Report on vaccination in Madras 1922-1929 - 1922-1929
Year: 1922
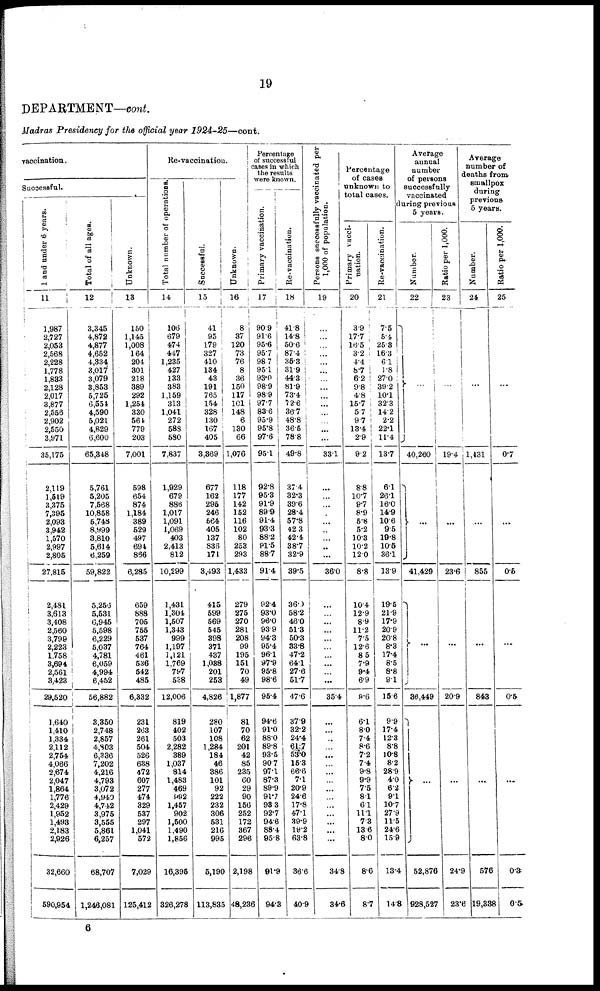
19
DEPARTMENT—cont.
Madras Presidency for the official year 1924-25—cont.
vaccination.
Successful.
1 and under 6 years.
11
1,987
2,727
2,053
2,568
2,228
1,778
1,833
2,128
2,017
3,877
2,556
2,902
2,550
3,971
35,175
2,119
1,519
3,375
7,395
2,093
3,942
1,570
2,997
2,805
27,815
2,481
3,613
3,408
2,560
3,799
2,223
1,758
3,694
2,561
3,423
29,520
1,640
1,410
1,334
2,112
2,754
4,066
2,674
2,047
1,864
1,776
2,429
1,952
1,493
2,183
2,926
32,660
590,954
Total of all ages.
12
3,345
4,872
4,877
4,652
4,834
3,017
3,079
3,853
5,725
6,554
4,590
5,021
4,829
6,600
65,348
5,761
5,205
7,568
10,858
5,748
8,999
3,810
5,614
6,259
59,822
5,250
5,531
6,945
5,598
6,229
5,037
4,781
6,059
4,994
6,452
56,882
3,350
2,748
2,857
4,803
6,336
7,202
4,216
4,793
3,072
4,940
4,742
3,975
3,555
5,861
6,257
68,707
1,246,081
Unknown.
13
150
1,145
1,008
164
204
301
218
389
292
1,251
330
564
779
203
7,001
598
654
874
1,184
389
529
497
694
836
6,285
659
888
705
755
537
764
461
536
542
485
6,332
231
263
261
504
526
638
472
607
277
474
329
537
297
1,041
572
7,029
125,412
Re-vaccination.
Total number of operations.
14
106
679
474
447
1,235
427
133
383
1,159
313
1,041
272
588
580
7,837
1,929
679
886
1,017
1,091
1,069
403
2,413
812
10,299
1,431
1,304
1,507
1,343
999
1,197
1,121
1,769
797
538
12,006
819
402
503
2,282
389
1,037
814
1,483
469
992
1,457
902
1,500
1,490
1,856
16,396
326,278
Successful
15
41
95
179
327
410
134
43
191
765
154
328
130
167
405
3,869
677
162
295
246
564
405
137
838
171
3,493
415
599
569
545
398
371
437
1,038
201
253
4,826
280
107
108
1,284
184
46
386
101
92
222
232
306
531
216
995
5,190
113,835
Unknown.
16
8
37
120
73
76
8
36
150
117
101
148
6
130
66
1,076
118
177
142
152
116
102
80
253
293
1,433
279
275
270
281
208
99
195
151
70
49
1,877
81
70
62
201
42
85
235
60
29
90
156
252
172
367
296
2,198
48,236
Percentage
of successful
cases in which
the results
were known.
Primary vaccination.
17
90.9
91.6
95.6
95.7
98.7
95.1
93.0
98.9
98.9
97.7
83.6
95.9
95.8
97.6
95.1
92.8
95.3
91.9
89.9
91.4
93.3
88.2
81.5
88.7
91.4
92.4
93.0
96.0
93.9
94.3
95.4
96.1
97.9
95.8
98.6
95.4
94.6
91.0
88.0
89.8
93.5
90.7
97.1
87.3
89.9
91.7
98.3
92.7
94.6
88.4
95.8
91.9
94.3
Re-vaccination.
18
41.8
14.8
50.6
87.4
35.3
31.9
44.3
81.9
73.4
72.6
36.7
48.8
36.6
78.8
49.8
37.4
32.3
39.6
28.4
57.8
42.3
42.4
38.7
32.9
39.5
36.0
58.2
46.0
51.3
50.3
33.8
47.2
64.1
27.6
51.7
47.6
37.9
32.2
24.4
61.7
53.0
15.3
66.6
7.1
20.9
24.6
17.8
47.1
39.9
19.2
63.8
36.6
40.9
Persons successfully vaccinated per
1,000 of population.
19
...
…
…
…
...
…
…
…
…
…
…
…
…
...
33.1
…
...
...
…
...
…
...
...
...
36.0
…
…
...
...
...
…
…
...
…
...
35.4
…
...
...
…
...
…
...
...
...
…
…
...
...
...
...
34.8
34.6
Percentage
of cases
unknown to
total cases.
Primary vacci-
nation.
20
3.9
17.7
16.5
3.2
4.4
8.7
6.2
9.8
4.8
15.7
5.7
9.7
13.4
2.9
9.2
8.8
10.7
9.7
8.9
5.8
5.2
10.3
10.2
12.0
8.8
10.4
12.9
8.9
11.2
7.5
12.6
8.5
7.9
9.4
6.9
9.6
6.1
8.0
7.4
8.6
7.2
7.4
9.8
9.9
7.5
8.1
6.1
11.1
7.3
13.6
8.0
8.6
8.7
Re-vaccination.
21
7.5
5.4
25.3
16.3
6.1
1.8
27.0
39.2
10.1
32.3
14.2
2.2
22.1
11.4
13.7
6.1
26.1
16.0
14.9
10.6
9.5
19.8
10.6
36.1
13.9
19.5
21.9
17.9
20.9
20.8
8.3
17.4
8.5
8.8
9.1
15.6
9.9
17.4
12.3
8.8
10.8
8.2
28.9
4.0
6.2
9.1
10.7
27.9
11.5
24.6
15.9
13.4
14.8
Average
annual
number
of persons
successfully
vaccinated
during previous
5 years.
Number.
22
...
40,260
...
41,429
...
36,449
…
52,876
928,527
Ratio per 1,000.
23
...
19.4
…
23.6
...
209
...
24.9
23.6
Average
number of
deaths from
smallpox
during
previous
5 years.
Number.
24
…
1,431
…
855
...
848
...
576
19,338
Ratio per 1,000.
25
...
0.7
...
0.5
...
0.5
...
0.3
0.5
6